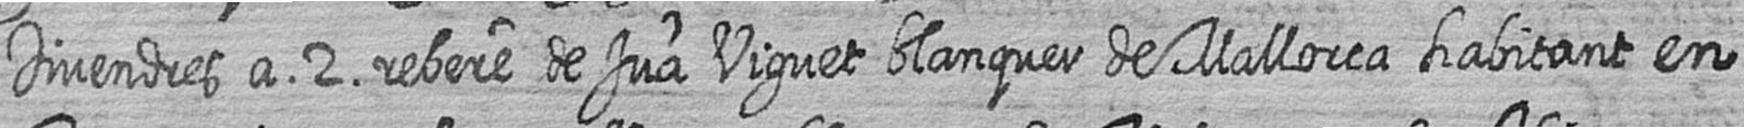
Divendres a 2 rebere de Jua Viguet blanquer de Mallorca habitant en